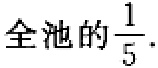
全池的\(\frac{1}{5}\).